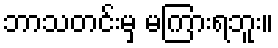
ဘာသတင်းမှ မကြားရဘူး။